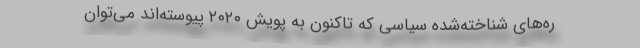
ره‌های شناخته‌شده سیاسی که تاکنون به پویش ۲۰۲۰ پیوسته‌اند می‌توان